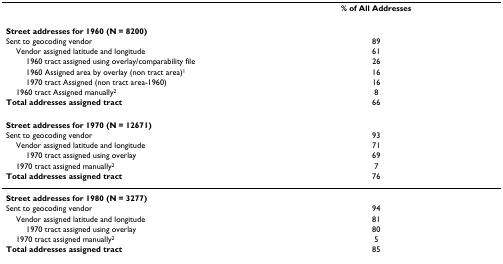
<table><thead><tr><td></td><td><b>% of All Addresses</b></td></tr></thead><tbody><tr><td><b>Street addresses for 1960 (N = 8200)</b></td><td></td></tr><tr><td>Sent to geocoding vendor</td><td>89</td></tr><tr><td> Vendor assigned latitude and longitude</td><td>61</td></tr><tr><td>1960 tract assigned using overlay/comparability file</td><td>26</td></tr><tr><td>1960 Assigned area by overlay (non tract area)<sup>1</sup></td><td>16</td></tr><tr><td>1970 tract Assigned (non tract area-1960)</td><td>16</td></tr><tr><td> 1960 tract Assigned manually<sup>2</sup></td><td>8</td></tr><tr><td><b>Total addresses assigned tract</b></td><td>66</td></tr><tr><td><b>Street addresses for 1970 (N = 12671)</b></td><td></td></tr><tr><td>Sent to geocoding vendor</td><td>93</td></tr><tr><td> Vendor assigned latitude and longitude</td><td>71</td></tr><tr><td>1970 tract assigned using overlay</td><td>69</td></tr><tr><td> 1970 tract assigned manually<sup>2</sup></td><td>7</td></tr><tr><td><b>Total addresses assigned tract</b></td><td>76</td></tr><tr><td><b>Street addresses for 1980 (N = 3277)</b></td><td></td></tr><tr><td>Sent to geocoding vendor</td><td>94</td></tr><tr><td> Vendor assigned latitude and longitude</td><td>81</td></tr><tr><td>1970 tract assigned using overlay</td><td>80</td></tr><tr><td> 1970 tract assigned manually<sup>2</sup></td><td>5</td></tr><tr><td><b>Total addresses assigned tract</b></td><td>85</td></tr></tbody></table>